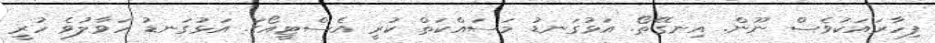
ފިހާރައަކުވެސް ނޫން. އިނގޭތޯ. އަޅުގަނޑު މަސައްކަތް ކުރީ އެސްޓީއޯގަ. އަޅުގަނޑު ހަވާލުވެ ހުރީ